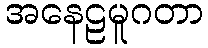
အနေဠမူဂတာ